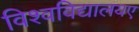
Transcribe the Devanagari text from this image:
विश्वविद्यालयए